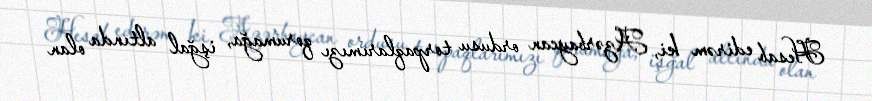
Hesab edirəm ki, Azərbaycan ordusu torpaqlarımızı qorumağa, işğal altında olan